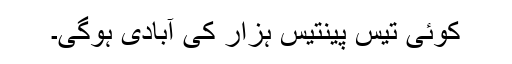
کوئی تیس پینتیس ہزار کی آبادی ہوگی۔